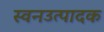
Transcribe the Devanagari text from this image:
स्वनउत्पादक